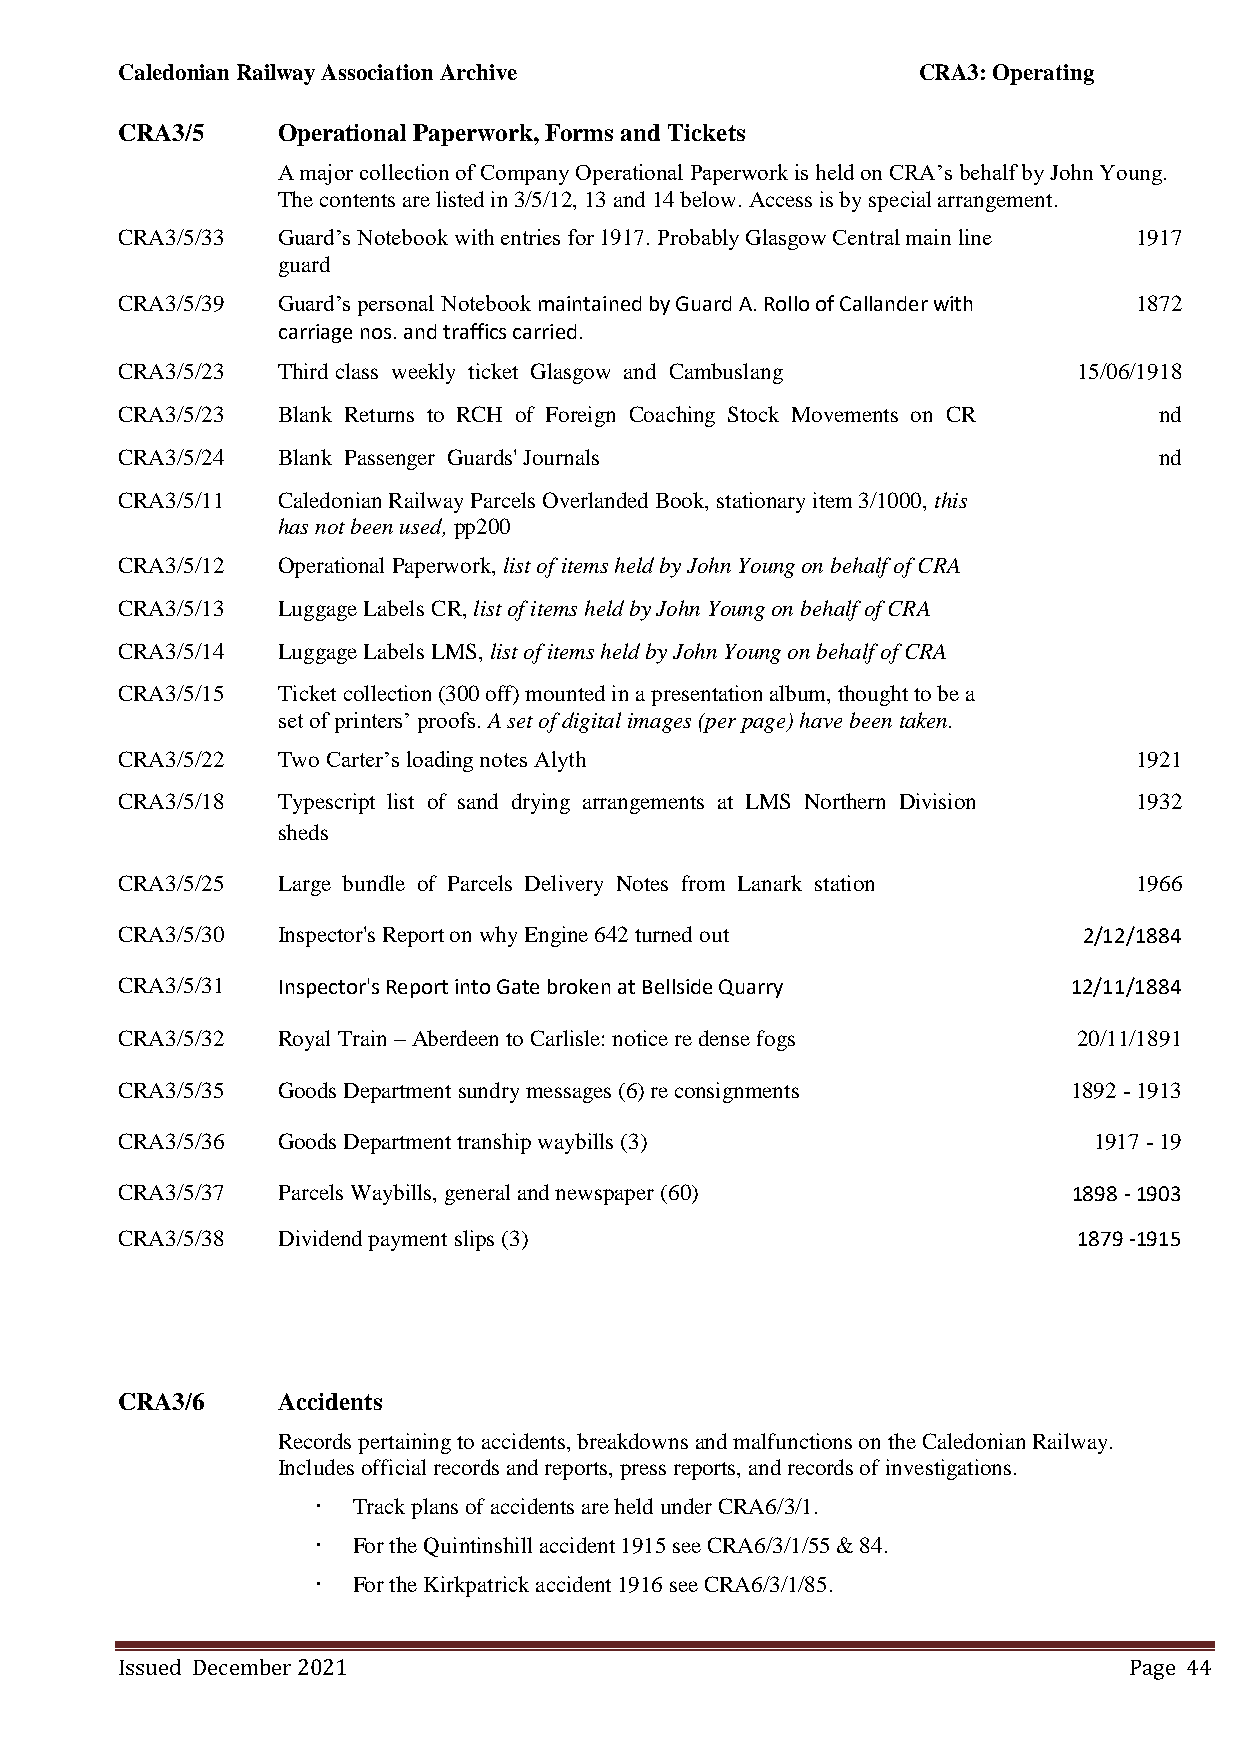
Caledonian Railway Association Archive               CRA3: Operating
 CRA3/5    Operational Paperwork, Forms and Tickets
 A major collection of Company Operational Paperwork is held on CRA’s behalf by John Young.
 The contents are listed in 3/5/12, 13 and 14 below. Access is by special arrangement.
 CRA3/5/33 Guard’s Notebook with entries for 1917. Probably Glasgow Central main line 1917
 guard
 CRA3/5/39 Guard’s personal Notebook maintained by Guard A. Rollo of Callander with 1872
 carriage nos. and traffics carried.
 CRA3/5/23 Third class weekly ticket Glasgow and Cambuslang     15/06/1918
 CRA3/5/23 Blank Returns to RCH of Foreign Coaching Stock Movements on CR nd
 CRA3/5/24 Blank Passenger Guards' Journals                           nd
 CRA3/5/11 Caledonian Railway Parcels Overlanded Book, stationary item 3/1000, this
 has not been used, pp200
 CRA3/5/12 Operational Paperwork, list of items held by John Young on behalf of CRA
 CRA3/5/13 Luggage Labels CR, list of items held by John Young on behalf of CRA
 CRA3/5/14 Luggage Labels LMS, list of items held by John Young on behalf of CRA
 CRA3/5/15 Ticket collection (300 off) mounted in a presentation album, thought to be a
 set of printers’ proofs. A set of digital images (per page) have been taken.
 CRA3/5/22 Two Carter’s loading notes Alyth                         1921
 CRA3/5/18 Typescript list of sand drying arrangements at LMS Northern Division 1932
 sheds
 CRA3/5/25 Large bundle of Parcels Delivery Notes from Lanark station 1966
 CRA3/5/30 Inspector's Report on why Engine 642 turned out       2/12/1884
 CRA3/5/31 Inspector's Report into Gate broken at Bellside Quarry 12/11/1884
 CRA3/5/32 Royal Train – Aberdeen to Carlisle: notice re dense fogs 20/11/1891
 CRA3/5/35 Goods Department sundry messages (6) re consignments 1892 - 1913
 CRA3/5/36 Goods Department tranship waybills (3)                1917 - 19
 CRA3/5/37 Parcels Waybills, general and newspaper (60)         1898 - 1903
 CRA3/5/38 Dividend payment slips (3)                           1879 -1915
 CRA3/6    Accidents
 Records pertaining to accidents, breakdowns and malfunctions on the Caledonian Railway.
 Includes official records and reports, press reports, and records of investigations.
  Track plans of accidents are held under CRA6/3/1.
  For the Quintinshill accident 1915 see CRA6/3/1/55 & 84.
  For the Kirkpatrick accident 1916 see CRA6/3/1/85.
 Issued December 2021                                               Page 44